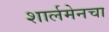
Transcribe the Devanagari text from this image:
शार्लमेनचा